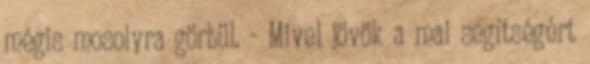
mégis mosolyra görbül. - Mivel jövök a mai segítségért